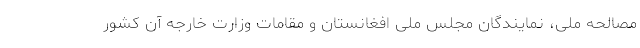
مصالحه ملی، نمایندگان مجلس ملی افغانستان و مقامات وزارت خارجه آن کشور